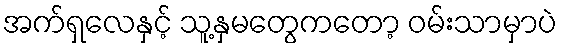
အက်ရှလေနှင့် သူ့နှမတွေကတော့ ဝမ်းသာမှာပဲ